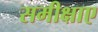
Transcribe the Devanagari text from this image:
समीक्षाए